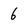
Character: 6